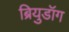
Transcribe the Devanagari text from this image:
ब्रियुडॉग